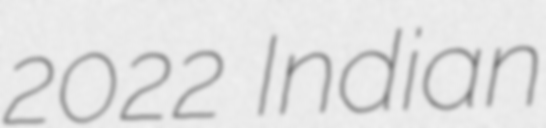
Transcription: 2022 Indian